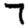
Digit: 7